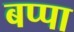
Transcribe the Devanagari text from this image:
बप्‍पा